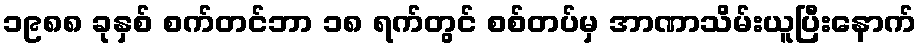
၁၉၈၈ ခုနှစ် စက်တင်ဘာ ၁၈ ရက်တွင် စစ်တပ်မှ အာဏာသိမ်းယူပြီးနောက်